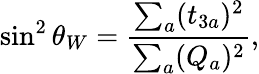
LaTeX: \sin^{2}\theta_{W}=\frac{\sum_{a}(t_{3a})^{2}}{\sum_{a}(Q_{a})^{2}},